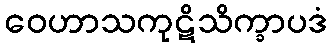
ဝေဟာသကုဋိသိက္ခာပဒံ